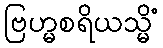
ဗြဟ္မစရိယသ္မိံ